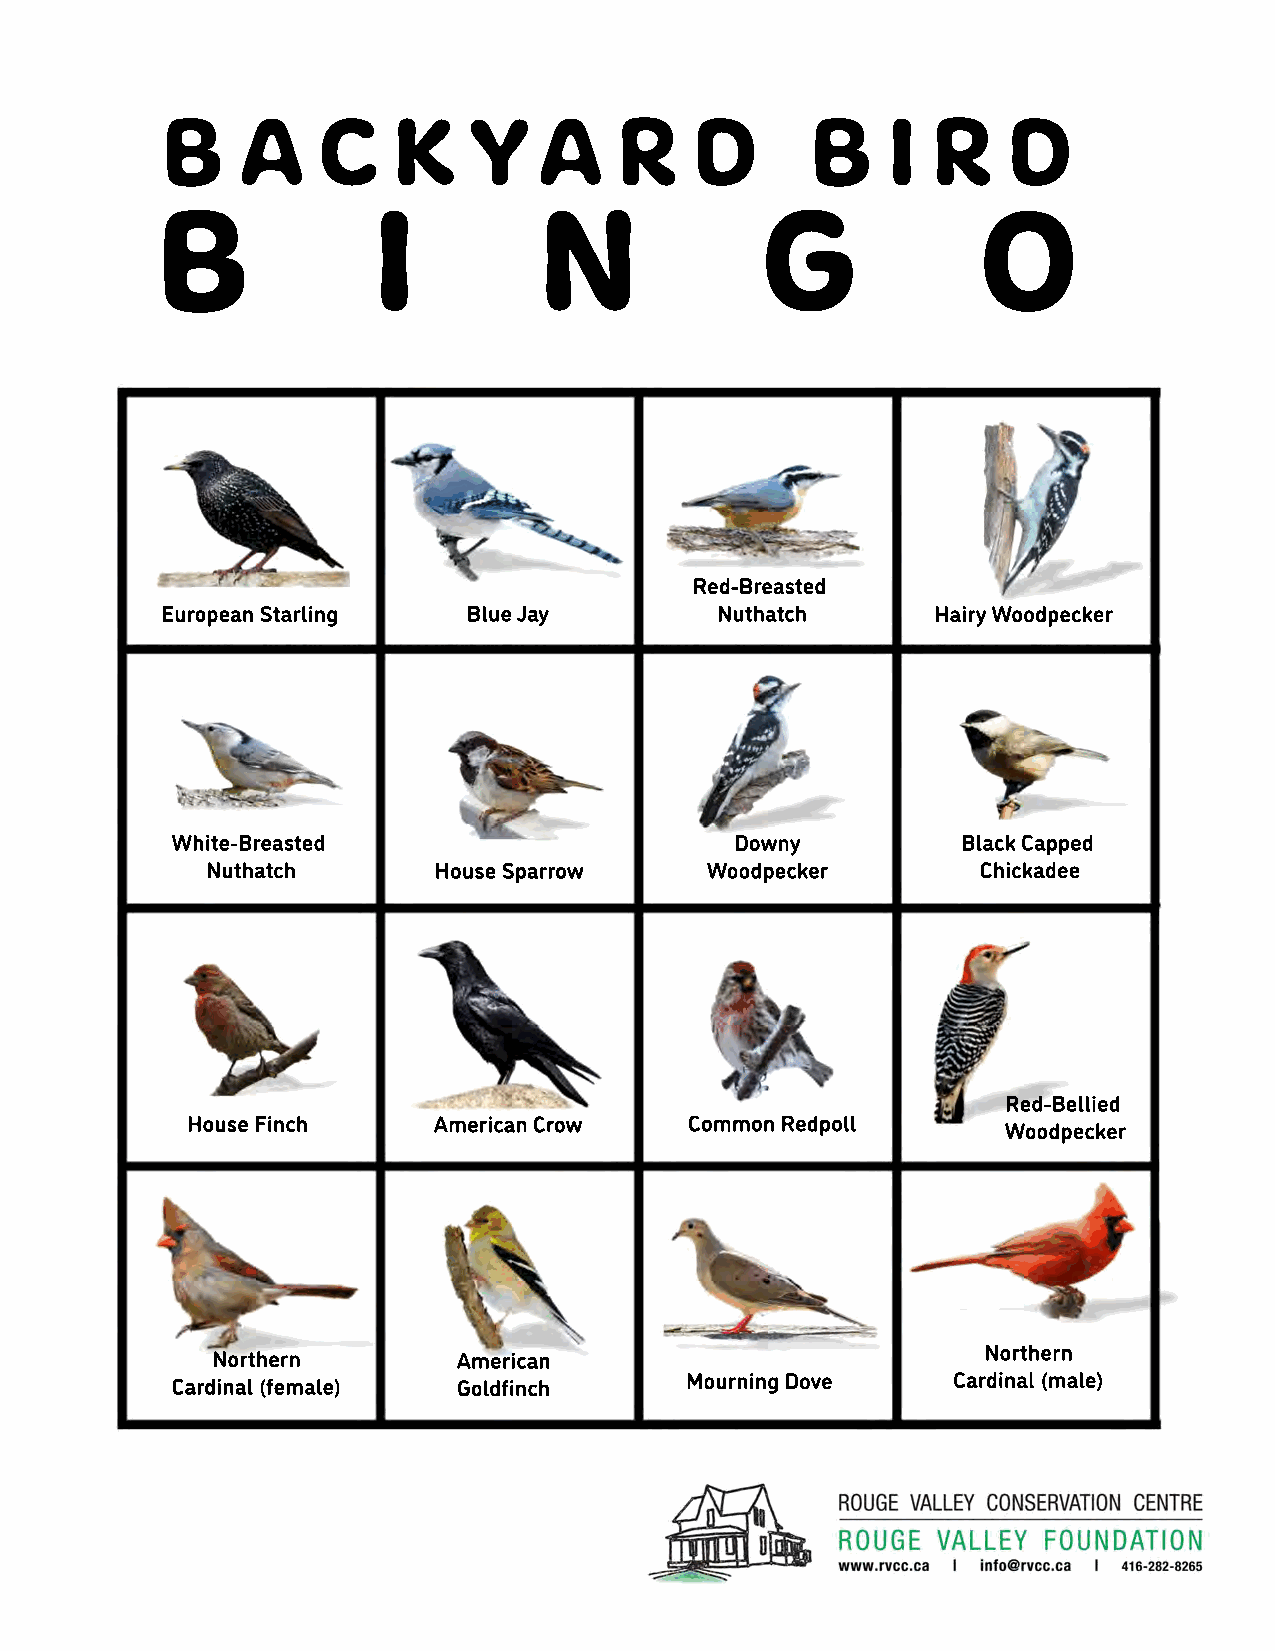
BACKYARD                                   BIRD
 B              I          N             G              O
 Red-Breasted
 European Starling   Blue Jay        Nuthatch       Hairy Woodpecker
 White-Breasted                        Downy          Black Capped
 Nuthatch       House Sparrow     Woodpecker        Chickadee
 Red-Bellied
 House Finch      American Crow    Common Redpoll
 Woodpecker
 Northern
 Northern        American
 Cardinal (female)  Goldfinch      Mourning Dove     Cardinal (male)